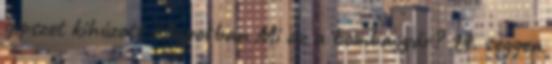
gipszet kihúzott állapotban Mi az a bombagyár? 19. seggen